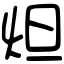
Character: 炟